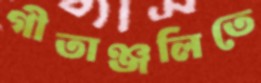
গীতাঞ্জলিতে